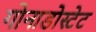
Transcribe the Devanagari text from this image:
गोनाडोस्टेट